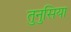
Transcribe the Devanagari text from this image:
तुनुसिया